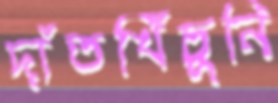
দাঁতখিঁচুনি